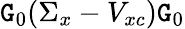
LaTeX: \mathtt{G}_{0}(\Sigma_{x}-V_{xc})\mathtt{G}_{0}